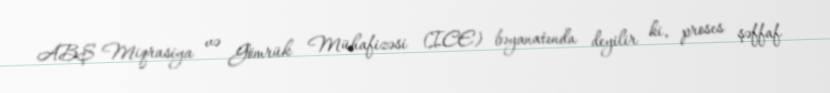
ABŞ Miqrasiya və Gömrük Mühafizəsi (ICE) bəyanatında deyilir ki, proses şəffaf